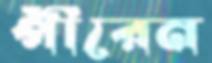
পীরেন